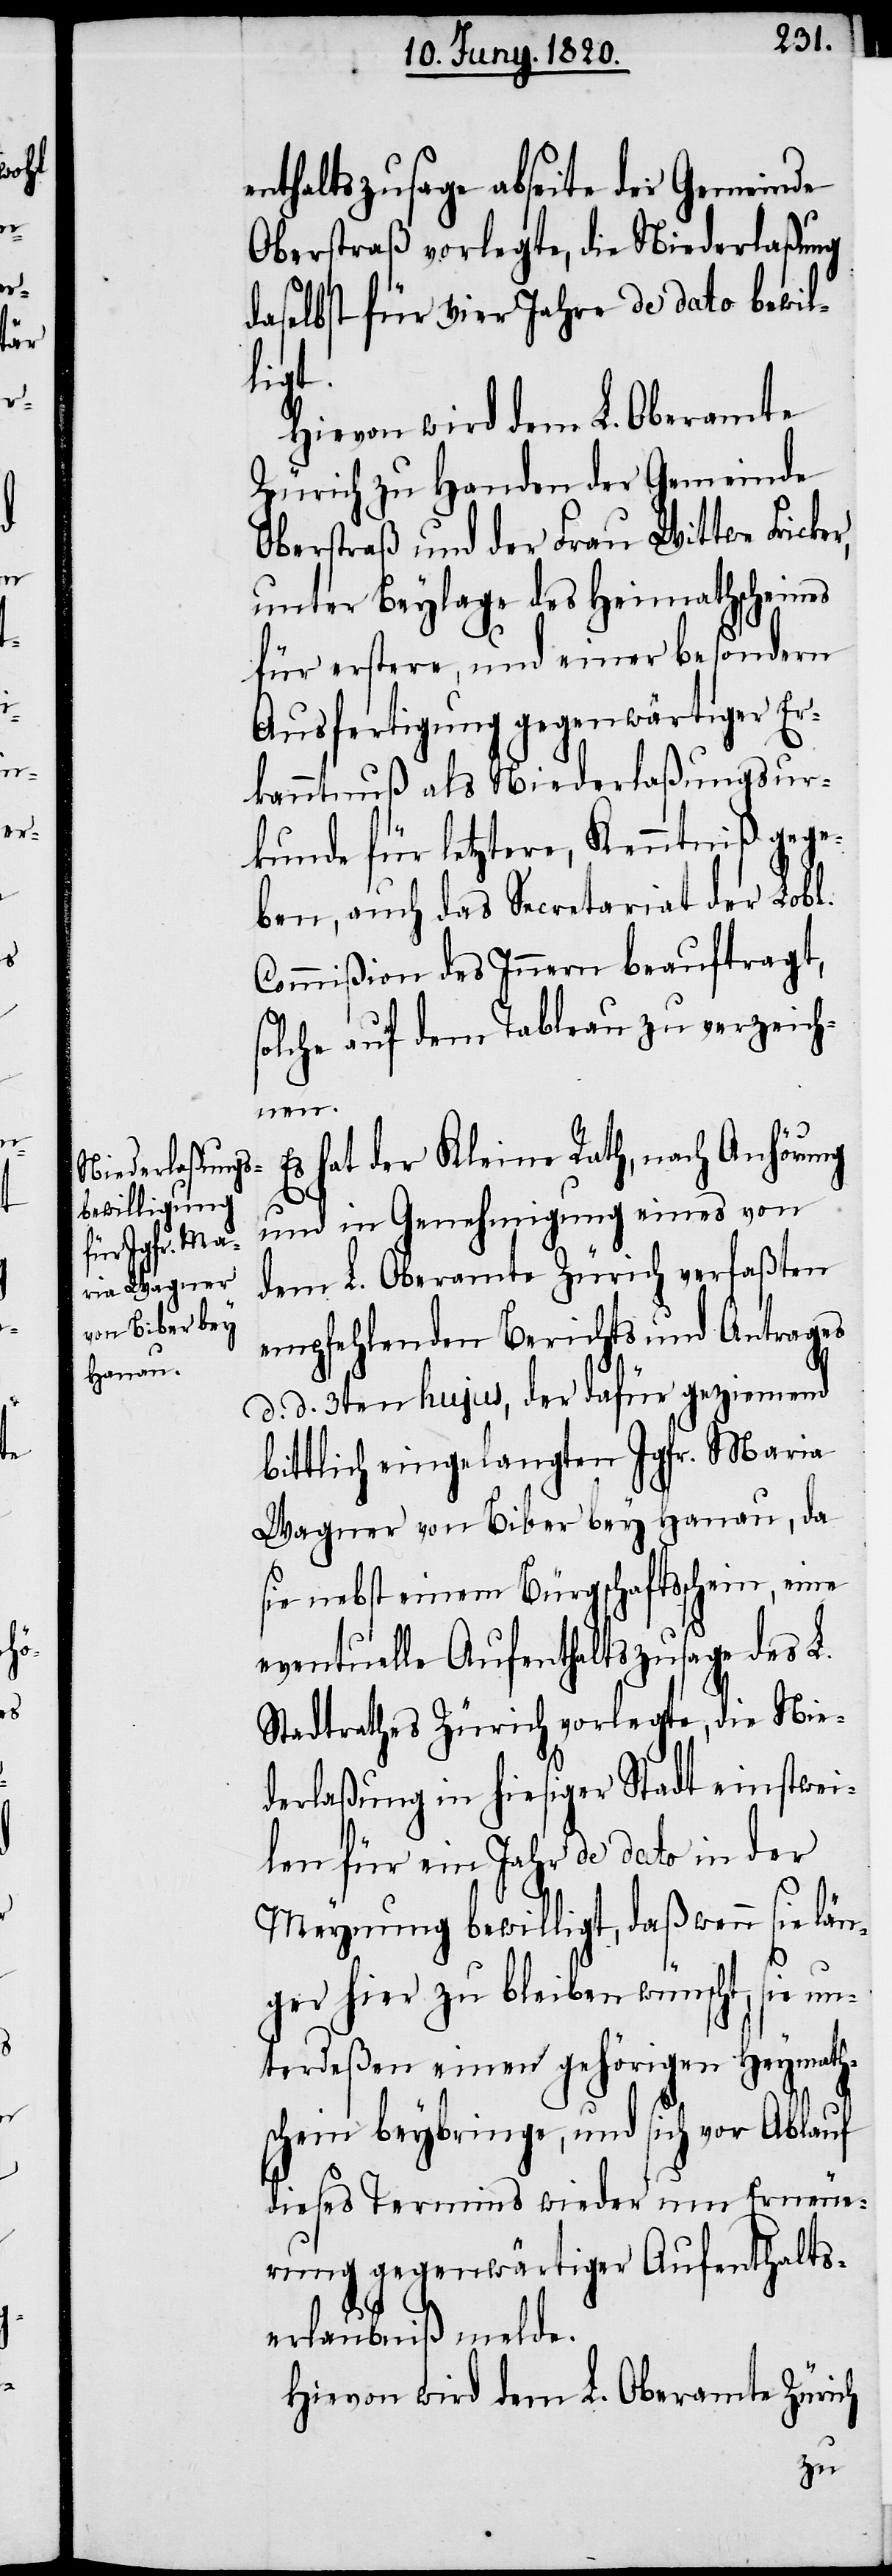
enthaltszusage abseit der Gemeinde
Oberstraß vorlegte, die Niederlaßung
daselbst für vier Jahre de dato bewil¬
r,
Hievon wird dem L. Oberamte
Zürich zu Handen der Gemeinde
Oberstraß und der Frau Wittwe Fricke¬
unter Beylage des Heimathscheines
für erstere, und einer besondern
Ausfertigung gegenwärtiger Er¬
kanntnuß als Niederlaßungsur¬
kunde für letztere, Kenntniß gege¬
ben, auch das Secretariat der Lobl.
Commiβion des Innern beauftragt,
solche auf dem Tableau zu verzeich¬
nen.
Es hat der Kleine Rath, nach Anhörung
und in Genehmigung eines von
L. Oberamte Zürich verfaßten
empfehlenden Berichts und Antrages
d. d. 3ten hujus, der dafür geziemend
bittlich eingelangten Jgfr. Maria
Wagner von Biber bey Hanau, da
sie nebst einem Bürgschaftsschein, eine
eventuelle Aufenthaltszusage des L.
Stadtrathes Zürich vorlegte, die Nie¬
derlaßung in hiesiger Stadt einstwei¬
len für ein Jahr de dato in der
Meynung bewilligt, daß wenn sie län¬
ger hier zu bleiben wünscht, sie un¬
terdeßen einen gehörigen Heymath¬
schein beybringe, und sich vor Ablauf
dieses Termins wieder um Erneue¬
rung gegenwärtiger Aufenthalts¬
erlaubniß melde.
Hievon wird dem L. Oberamte Zürich